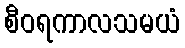
စီဝရကာလသမယံ